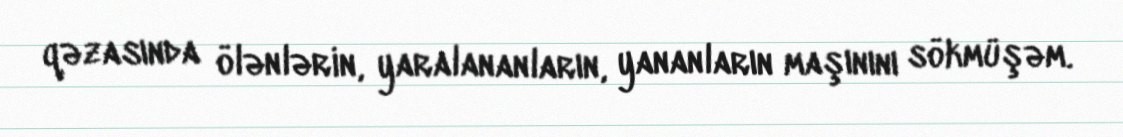
qəzasında ölənlərin, yaralananların, yananların maşınını sökmüşəm.